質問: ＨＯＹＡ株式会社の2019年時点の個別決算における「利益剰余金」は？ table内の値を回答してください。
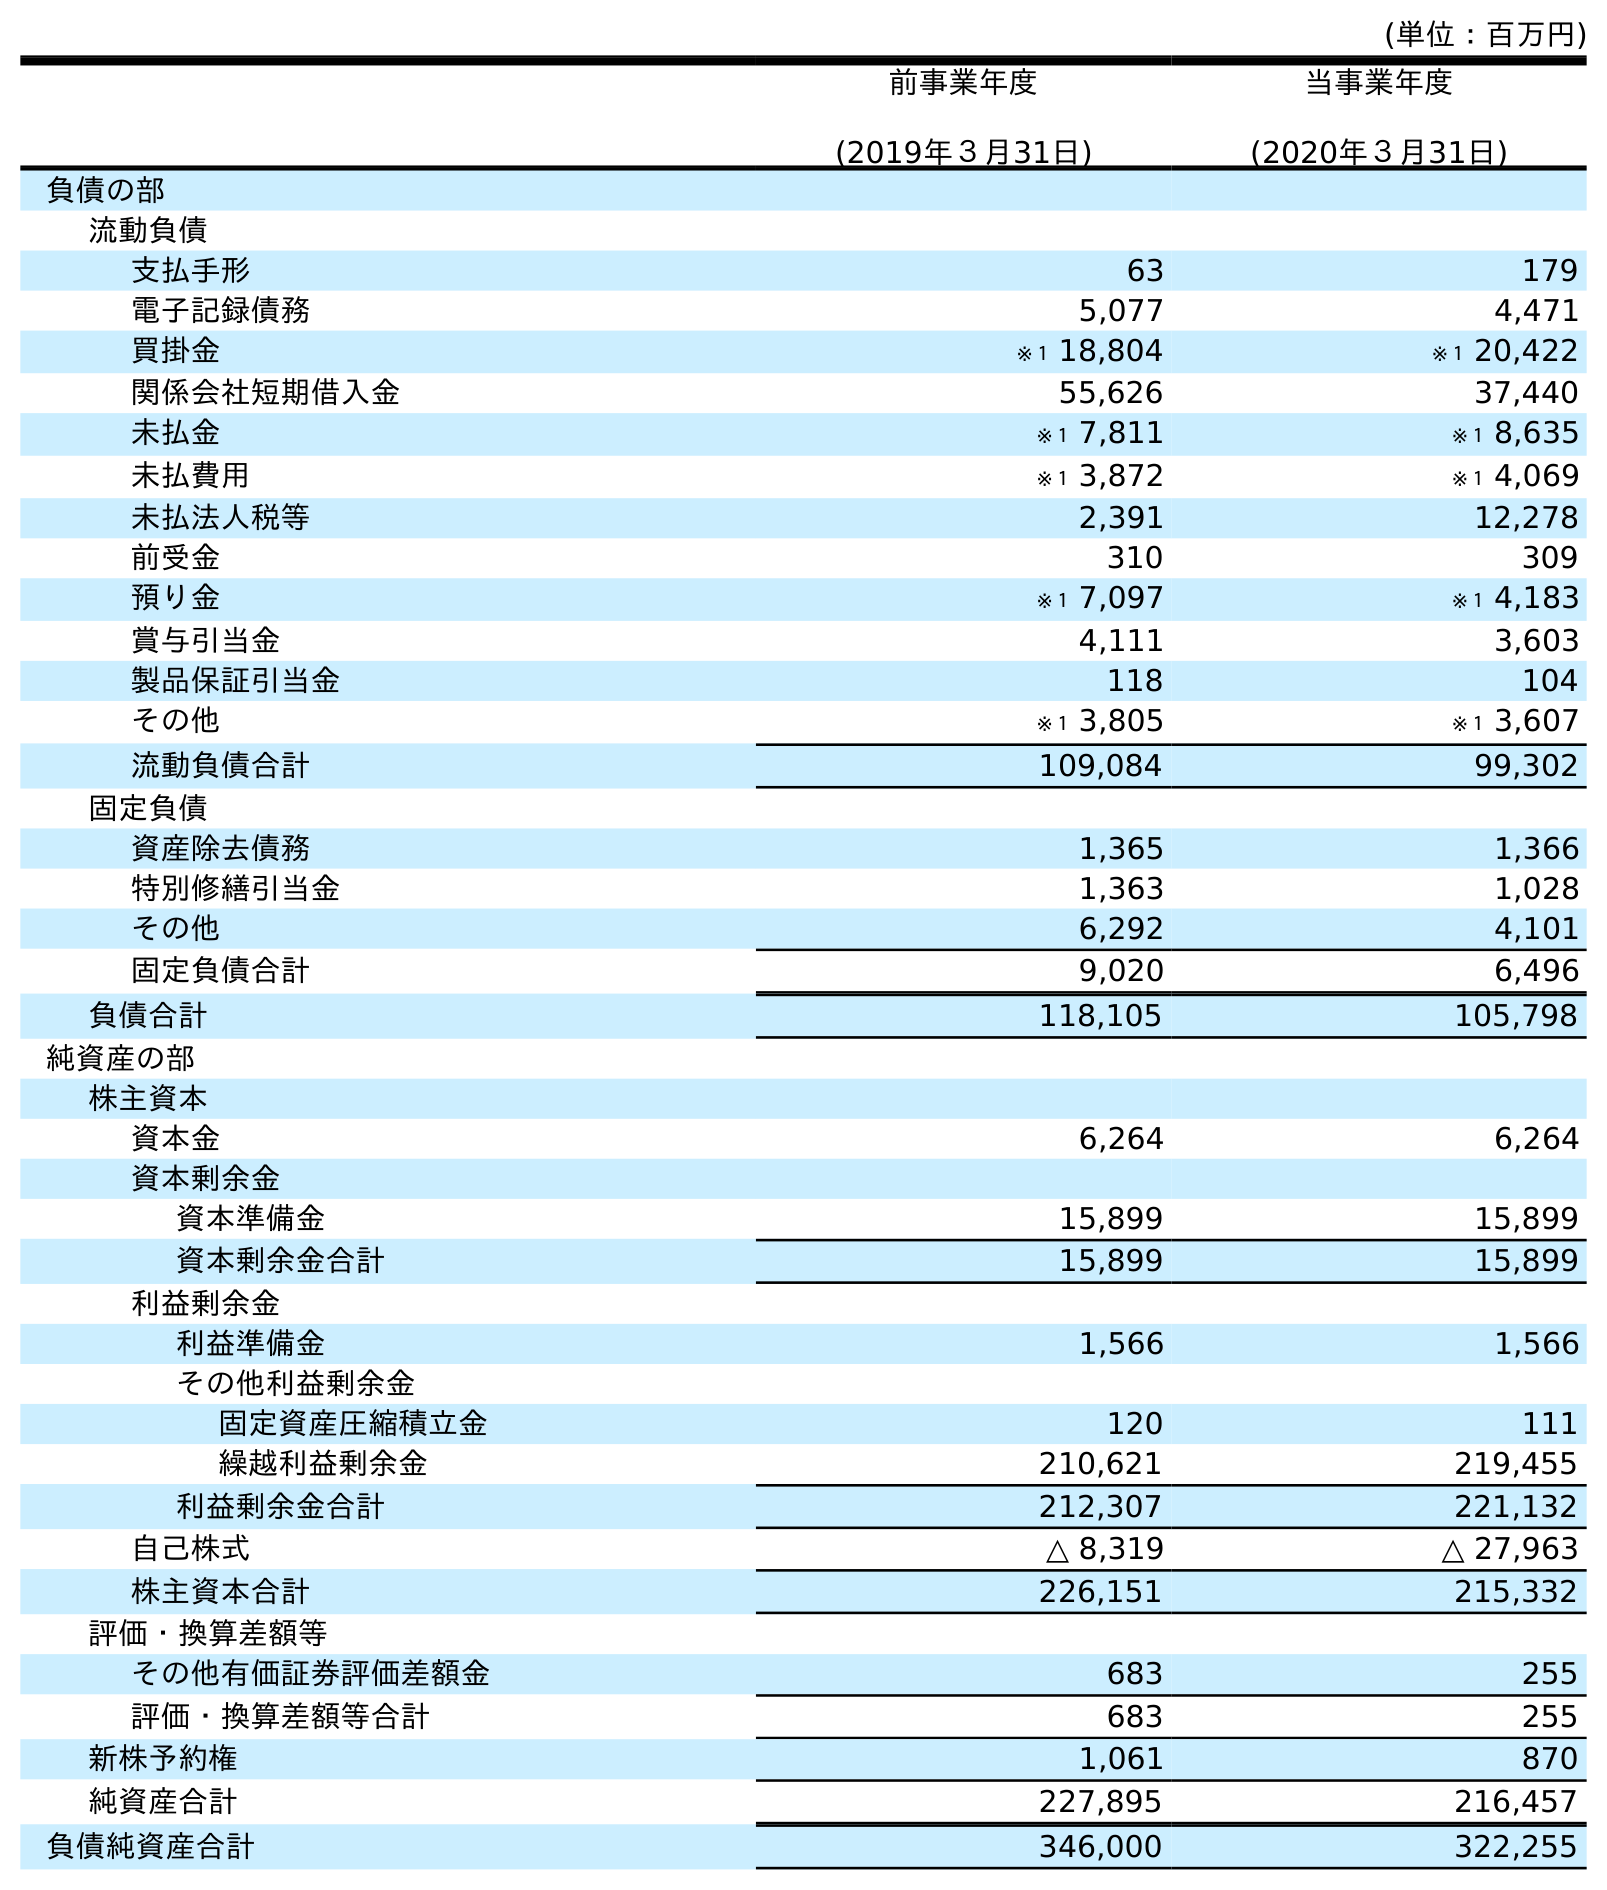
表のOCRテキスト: (単位：百万円) 前事業年度 (2019年３月31日) 当事業年度 (2020年３月31日) 負債の部 流動負債 支払手形 63 179 電子記録債務 5,077 4,471 買掛金 ※１ 18,804 ※１ 20,422 関係会社短期借入金 55,626 37,440 未払金 ※１ 7,811 ※１ 8,635 未払費用 ※１ 3,872 ※１ 4,069 未払法人税等 2,391 12,278 前受金 310 309 預り金 ※１ 7,097 ※１ 4,183 賞与引当金 4,111 3,603 製品保証引当金 118 104 その他 ※１ 3,805 ※１ 3,607 流動負債合計 109,084 99,302 固定負債 資産除去債務 1,365 1,366 特別修繕引当金 1,363 1,028 その他 6,292 4,101 固定負債合計 9,020 6,496 負債合計 118,105 105,798 純資産の部 株主資本 資本金 6,264 6,264 資本剰余金 資本準備金 15,899 15,899 資本剰余金合計 15,899 15,899 利益剰余金 利益準備金 1,566 1,566 その他利益剰余金 固定資産圧縮積立金 120 111 繰越利益剰余金 210,621 219,455 利益剰余金合計 212,307 221,132 自己株式 △ 8,319 △ 27,963 株主資本合計 226,151 215,332 評価・換算差額等 その他有価証券評価差額金 683 255 評価・換算差額等合計 683 255 新株予約権 1,061 870 純資産合計 227,895 216,457 負債純資産合計 346,000 322,255
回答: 212,307